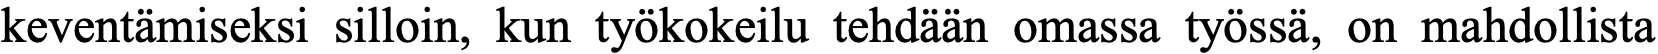
keventämiseksi silloin, kun työkokeilu tehdään omassa työssä, on mahdollista